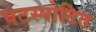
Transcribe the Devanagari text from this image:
घटस्पोटित